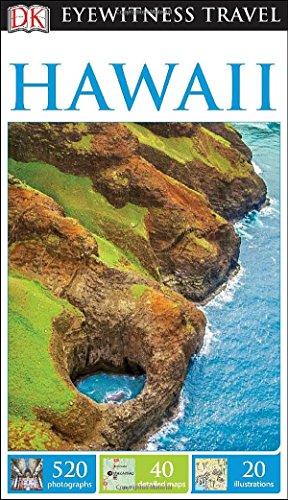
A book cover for DK Eyewitness Travel Guide: Hawaii; DK Publishing; Travel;